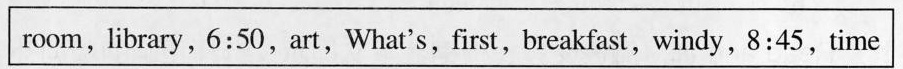
room,library,6:50,art,What's,first,breakfast, windy, 8:45, time